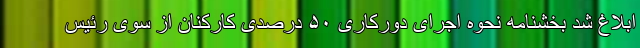
ابلاغ شد بخشنامه نحوه اجرای دورکاری ۵۰ درصدی کارکنان از سوی رئیس